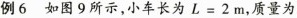
例6 如图9所示，小车长为$$L = 2 m$$，质量为